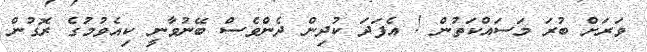
ވަރަށް ބުރަ މަސައްކަތުން ! އެފަދަ ކުދިން ދެންވެސް ބޭނުވާނީ ކިއެވުމުގެ ރޮގުން